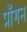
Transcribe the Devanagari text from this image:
प्राँगन